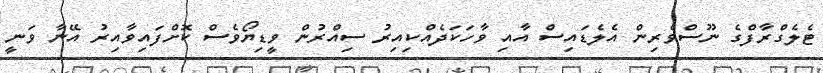
ޓެލެގްރާފްގެ ނޫސްވެރިން އެލެޑައިސް އާއި ވާހަކަދެއްކިއިރު ސިއްރުން ވީޑިޔޯވެސް ކޮށްފައިވާއިރު އޭނާ ވަނީ